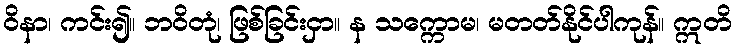
ဝိနာ၊ ကင်း၍။ ဘဝိတုံ၊ ဖြစ်ခြင်းငှာ။ န သက္ကောမ၊ မတတ်နိုင်ပါကုန်။ ဣတိ